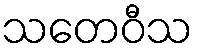
သတေဝီသ